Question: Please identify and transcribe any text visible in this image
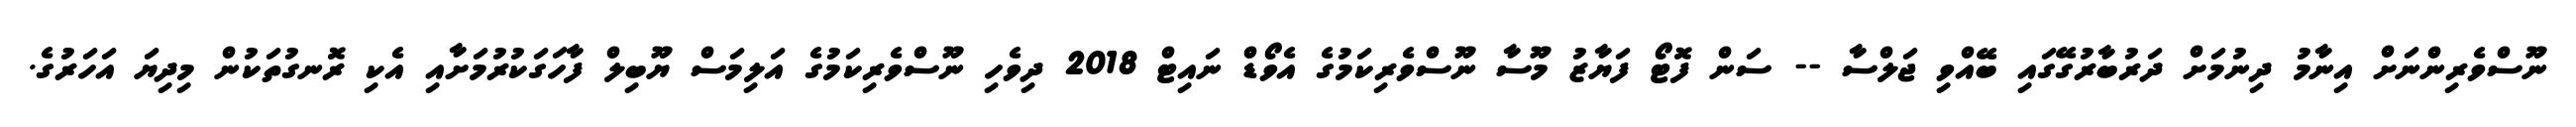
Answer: ނޫސްވެރިންނަށް އިނާމު ދިނުމަށް ދަރުބާރުގޭގައި ބޭއްވި ޖަލްސާ -- ސަން ފޮޓޯ ފަޔާޒު މޫސާ ނޫސްވެރިކަމުގެ އެވޯޑް ނައިޓް 2018 ދިވެހި ނޫސްވެރިކަމުގެ އަލިމަސް ޔޫބިލް ފާހަގަކުރުމަށާއި އެކި ރޮނގުތަކުން މިދިޔަ އަހަރުގެ.